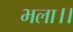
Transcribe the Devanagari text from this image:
भला।।